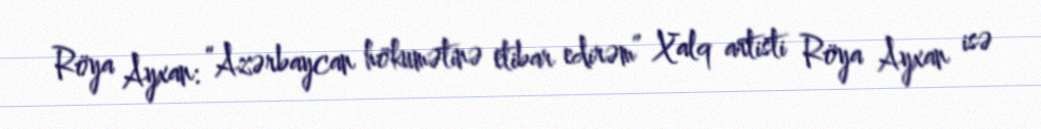
Röya Ayxan: “Azərbaycan hökumətinə etibar edirəm” Xalq artisti Röya Ayxan isə